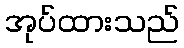
အုပ်ထားသည်